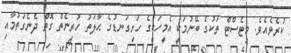
ކުރެވެއެވެ. މިޓެސްޓް ތަކުގެ ބޭނުމަކީ އެމީހަކީގެ ހަށިގަނޑުގެ ޙާލަތު ހުރިނެތް ގޮތް ދެނެގަތުމާއި